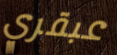
عبقري